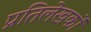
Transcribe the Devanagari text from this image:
प्रतिलेखकों